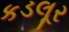
કડલૂર